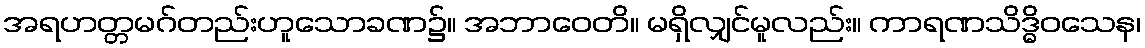
အရဟတ္တမဂ်တည်းဟူသောခဏ၌။ အဘာဝေတိ။ မရှိလျှင်မူလည်း။ ကာရဏသိဒ္ဓိဝသေန၊